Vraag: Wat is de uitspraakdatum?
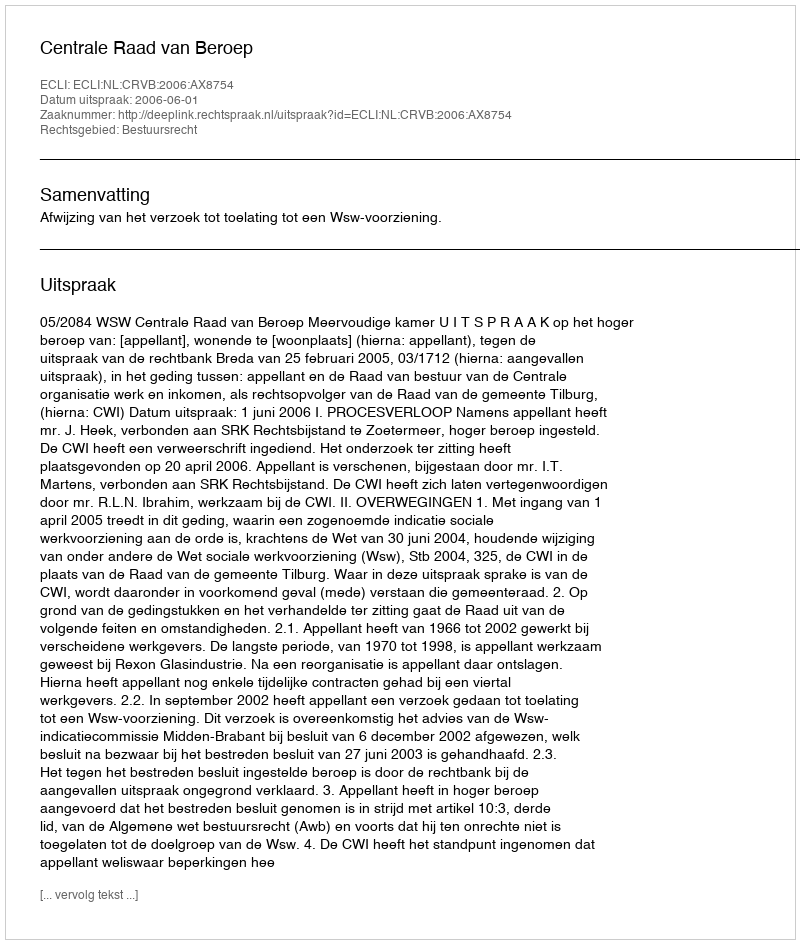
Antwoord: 2006-06-01